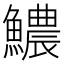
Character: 𩼅